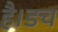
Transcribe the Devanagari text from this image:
है।डच